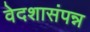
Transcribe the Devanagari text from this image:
वेदशासंपन्न